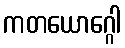
ကတယောဂ္ဂေါ